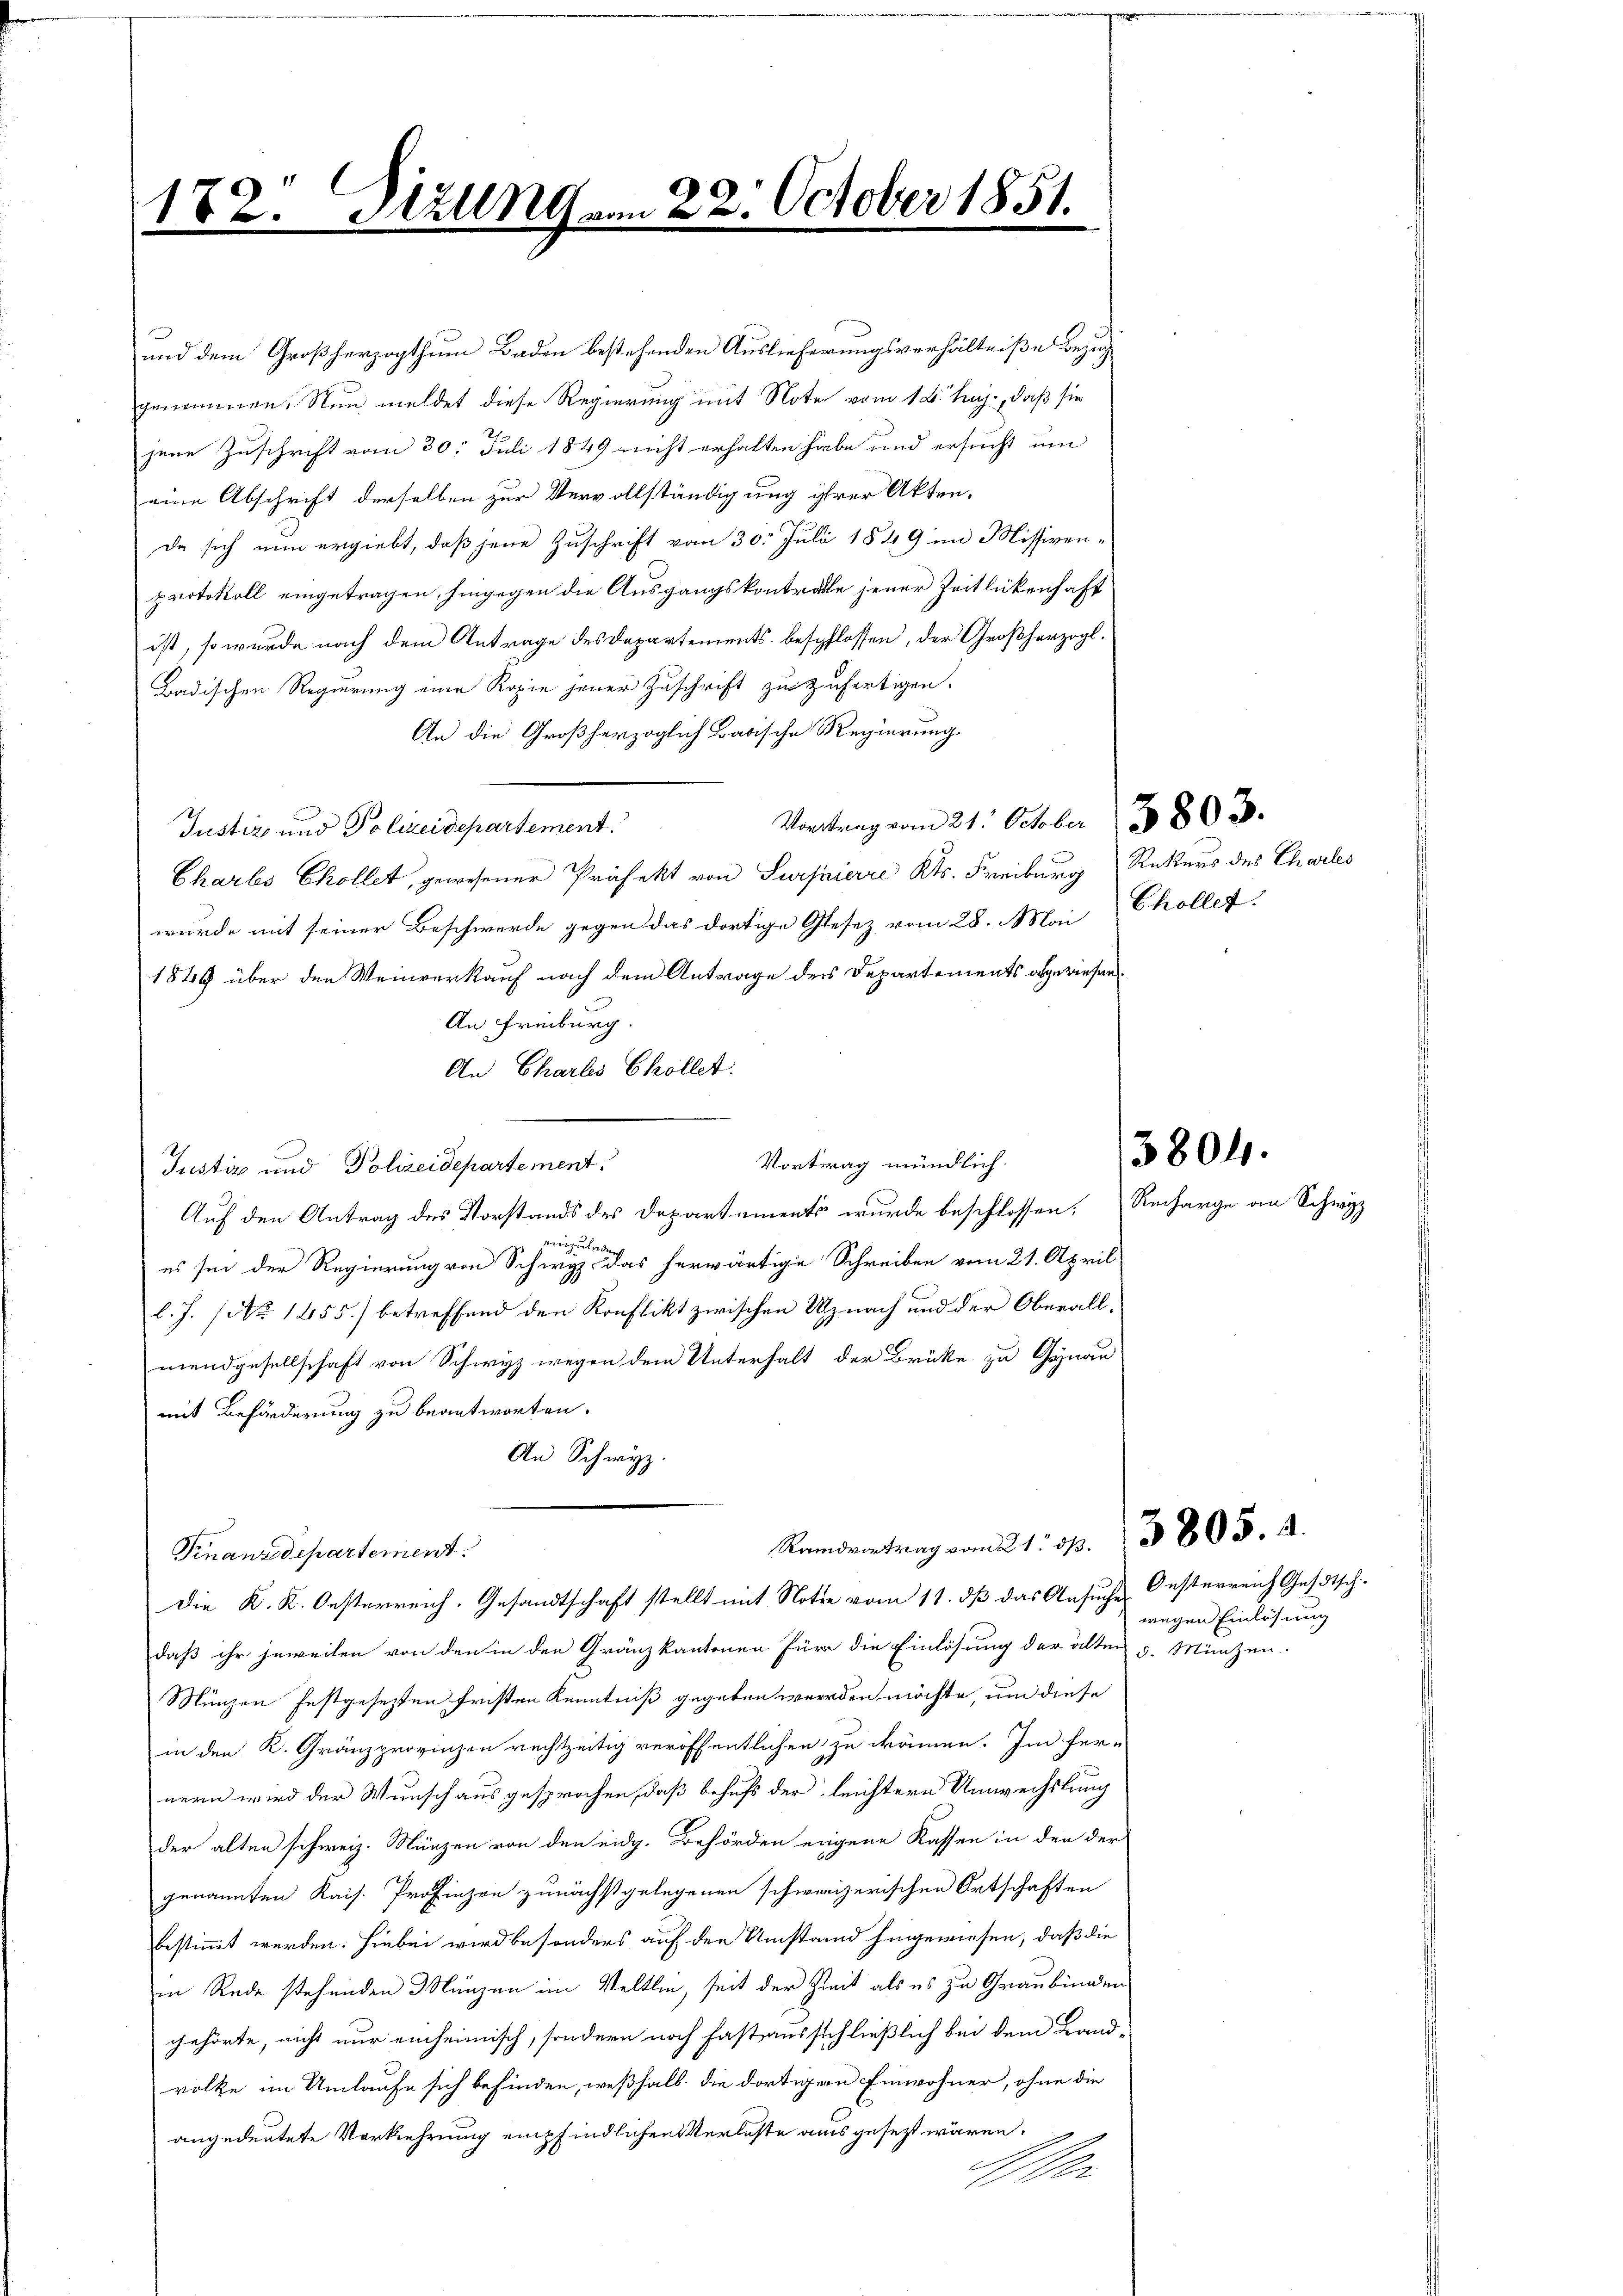
182. Sizung vom 22. October 1851.

und dem Großherzogthum Baden bestehenden Auslieferungsverhältniße bezug
genommen. Nun meldet diese Regierung mit Note vom 18. huj., daß sie
jene Zuschrift vom 30. Juli 1849 nicht erhalten habe und ersucht um
eine Abschrift derselben zur Vervollständigung ihrer Akten.
da sich nun ergiebt, daß jene Zuschrift vom 30. Juli 1849 im Missiven-
protokoll eingetragen, hingegen die Ausgangskontrale jener Zeitlickenhaft
ist, so wurde nach dem Antrage des Departements bespflossen, der Großherzogl.
Badischen Regierung eine Kopie jener Zuschrift zu zufertigen.
An die Großherzoglich Badische Regierung.
Vortrag vom 21. October 18803.
Justiz und Polizeidepartement.
Charbs Ekollet, gewesener Präfekt von Sursaierre Kts. Freiburg Rekurs des Charles
wurde mit seiner Beschwerde gegen das dortige Gesetz vom 28. Mai Chollet
1849 über den Weinverkauf nach dem Antrage der Departements abgewiesen¬
An Freiburg.
An Charlis Chollet.
Vortrag mündlich.
Justiz und Polizeidepartement.
Auf den Antrag des Vorstands des Departements wurde beschlossen: Recharge an Schwyz
unzulad
es sei der Regierung von Schwyz das herwärtige Schreiben vom 21. April
l.J. (No 1255) betreffend den Konflikt zwischen Uznach und der Oberallmendgesellschaft von Schwyz wegen dem Unterhalt der Brüke zu Gynau
mit Beförderung zu beantworten.
An Schwyz.
Randvertrag vom 21. sp. 3805. A.
Finanzdepartement
Die K. K. Oesterreich. Gesandtschaft stellt mit Note vom 11. dß das Ansuche Oesterreich Gesotsch
daß ihr jeweilen von den in den Gränzkantonen für die Einlösung der älten v. Münzen.
Münzen festgesezten Fristen Kenntniß gegeben werden möchte, um diese
in den K. Gränzprovinzen rechtzeitig veröffentlichen zu kämen. Im fer-
nern wird der Wunschaus gesprochen, daß behufs der leichtern Umwechslung
der alten schweiz. Münzen von den eidg. Behörden eigene Kassen in den der
genannten Kais. Profinzen zunächstgelegenen schweizerischen Ortschaften
bestimmt werden. Hiebei wird besonders auf den Umstand hingewiesen, daß die
in Rede stehenden Münzen im Veltlin, seit der Zeit als es zu Graubünden
gehörte, nicht nur einheimisch, sondern noch fast ausschließlich bei dem Landvolke im Umlaufe sich befinden, weßhalb die dortiger Einwohner, ohne die
angedeutete Vorkehrung empfindlichen Verluste ausgesezt wären.
An

3804.

wegen Einlösung